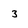
Character: 3